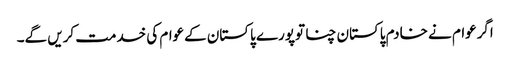
اگرعوام نے خادم پاکستان چنا توپورے پاکستان کےعوام کی خدمت کریں گے۔